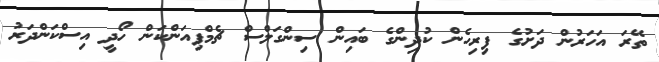
ތޭރަ އަހަރުން ދަށުގެ ފިރިހެން ކުދިންގެ ބައިން ސިންގަަލްސް ޗެމްޕިއަންކަން ހޯދީ އިސްކަންދަރު